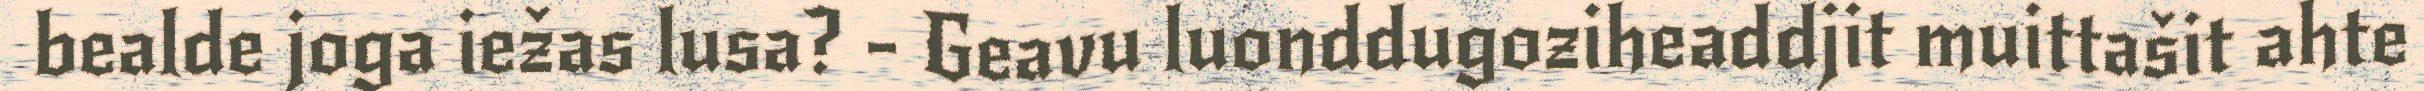
bealde joga iežas lusa? - Geavu luonddugoziheaddjit muittašit ahte